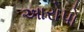
આરોપો